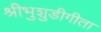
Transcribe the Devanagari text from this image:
श्रीभुशुडीगीता